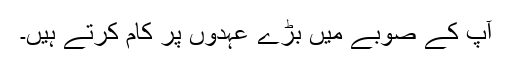
آپ کے صوبے ميں بڑے عہدوں پر کام کرتے ہيں۔